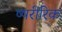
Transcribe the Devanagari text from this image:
ष्षरीरिक